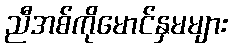
ညီအစ်ကိုမောင်နှမများ